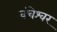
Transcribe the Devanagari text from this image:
वंचेश्वर